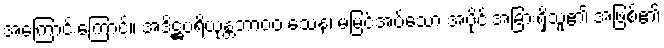
အကြောင်းကြောင့်။ အဒိဋ္ဌပရိယုန္တဘာ၀၀ သေန၊ မမြင်အပ်သော အပိုင်းအခြားရှိသူ၏ အဖြစ်၏